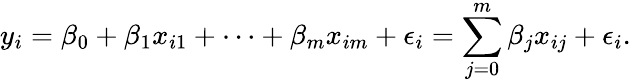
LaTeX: y_{i}=\beta_{0}+\beta_{1}x_{i1}+\cdots+\beta_{m}x_{im}+\epsilon_{i}=\sum_{j=0}^{m}\beta_{j}x_{ij}+\epsilon_{i}.